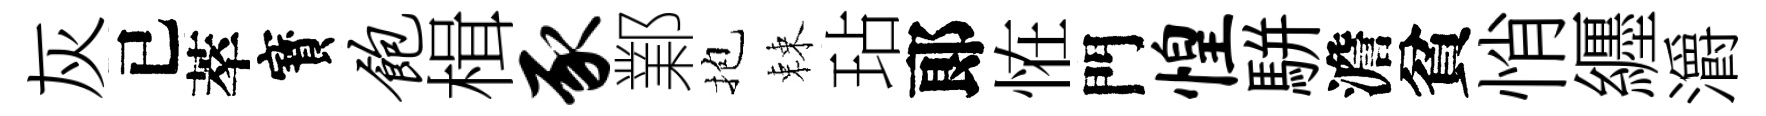
灰已萃寳饱楫豕鄴抱棘玷郞恠門惶駢澹貧悄纒灂